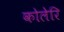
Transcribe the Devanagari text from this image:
कोलेरि